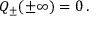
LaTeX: { \cal Q } _ { \pm } ( \pm \infty ) = 0 \, .